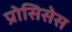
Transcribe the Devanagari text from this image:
प्रोसिसेस